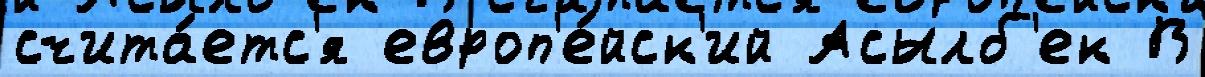
счита́етс'я европ'е́йск'ий Асылб'ек В